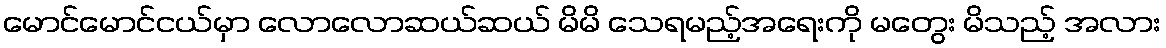
မောင်မောင်ငယ်မှာ လောလောဆယ်ဆယ် မိမိ သေရမည့်အရေးကို မတွေး မိသည့် အလား